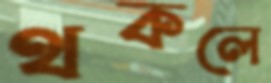
থকলে